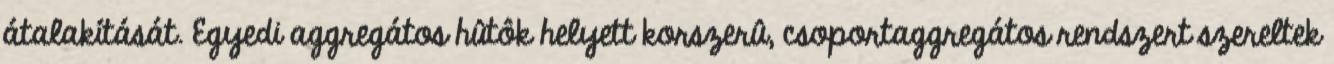
átalakítását. Egyedi aggregátos hûtôk helyett korszerû, csoportaggregátos rendszert szereltek